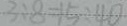
3 \div 8 = 1 5 \div 4 0